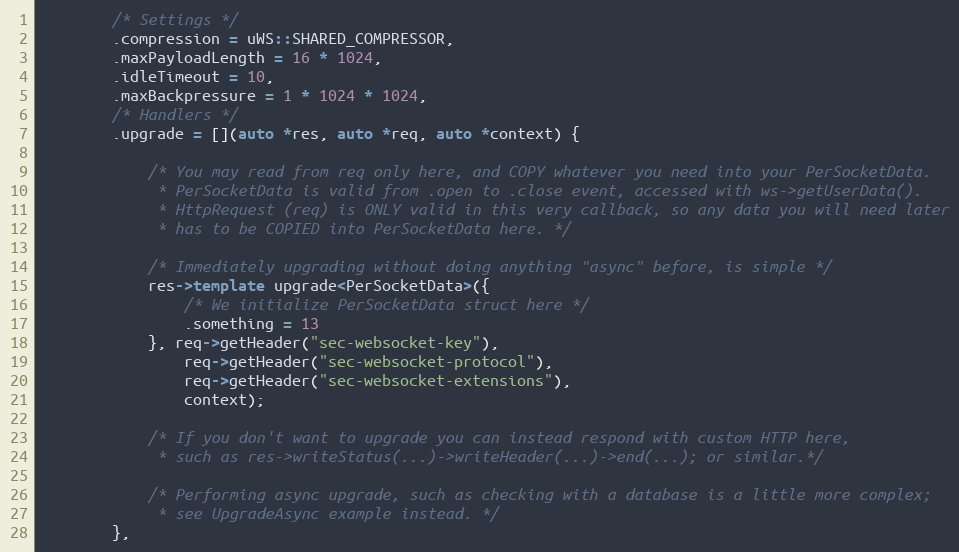
Language: C++
        /* Settings */
        .compression = uWS::SHARED_COMPRESSOR,
        .maxPayloadLength = 16 * 1024,
        .idleTimeout = 10,
        .maxBackpressure = 1 * 1024 * 1024,
        /* Handlers */
        .upgrade = [](auto *res, auto *req, auto *context) {

            /* You may read from req only here, and COPY whatever you need into your PerSocketData.
             * PerSocketData is valid from .open to .close event, accessed with ws->getUserData().
             * HttpRequest (req) is ONLY valid in this very callback, so any data you will need later
             * has to be COPIED into PerSocketData here. */

            /* Immediately upgrading without doing anything "async" before, is simple */
            res->template upgrade<PerSocketData>({
                /* We initialize PerSocketData struct here */
                .something = 13
            }, req->getHeader("sec-websocket-key"),
                req->getHeader("sec-websocket-protocol"),
                req->getHeader("sec-websocket-extensions"),
                context);

            /* If you don't want to upgrade you can instead respond with custom HTTP here,
             * such as res->writeStatus(...)->writeHeader(...)->end(...); or similar.*/

            /* Performing async upgrade, such as checking with a database is a little more complex;
             * see UpgradeAsync example instead. */
        },